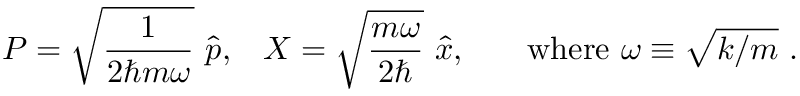
{ P } = { \sqrt { \frac { 1 } { 2 \hbar m \omega } } } \ { \hat { p } } { \mathrm { , } } \quad { X } = { \sqrt { \frac { m \omega } { 2 \hbar } } } \ { \hat { x } } { \mathrm { , } } \quad \quad { \mathrm { w h e r e ~ } } \omega \equiv { \sqrt { k / m } } ~ .